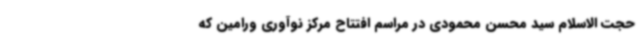
حجت الاسلام سید محسن محمودی در مراسم افتتاح مرکز نوآوری ورامین که